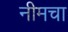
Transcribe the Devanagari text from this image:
नीमचा